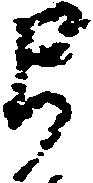
弓